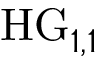
\mathrm { H G } _ { 1 , 1 }